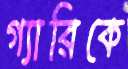
গ্যারিকে